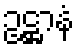
ဥဋ္ဌာနံ